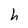
Character: b